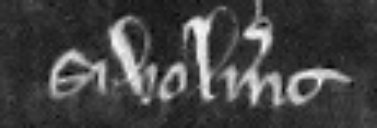
si voluerit.